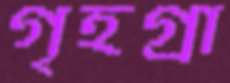
গৃহগ্রা